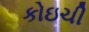
કોઇચી